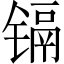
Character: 镉